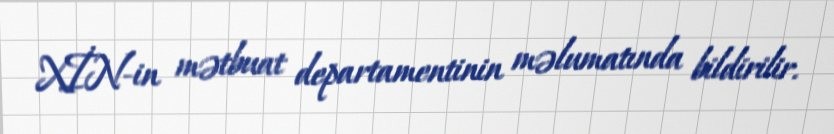
XİN-in mətbuat departamentinin məlumatında bildirilir.